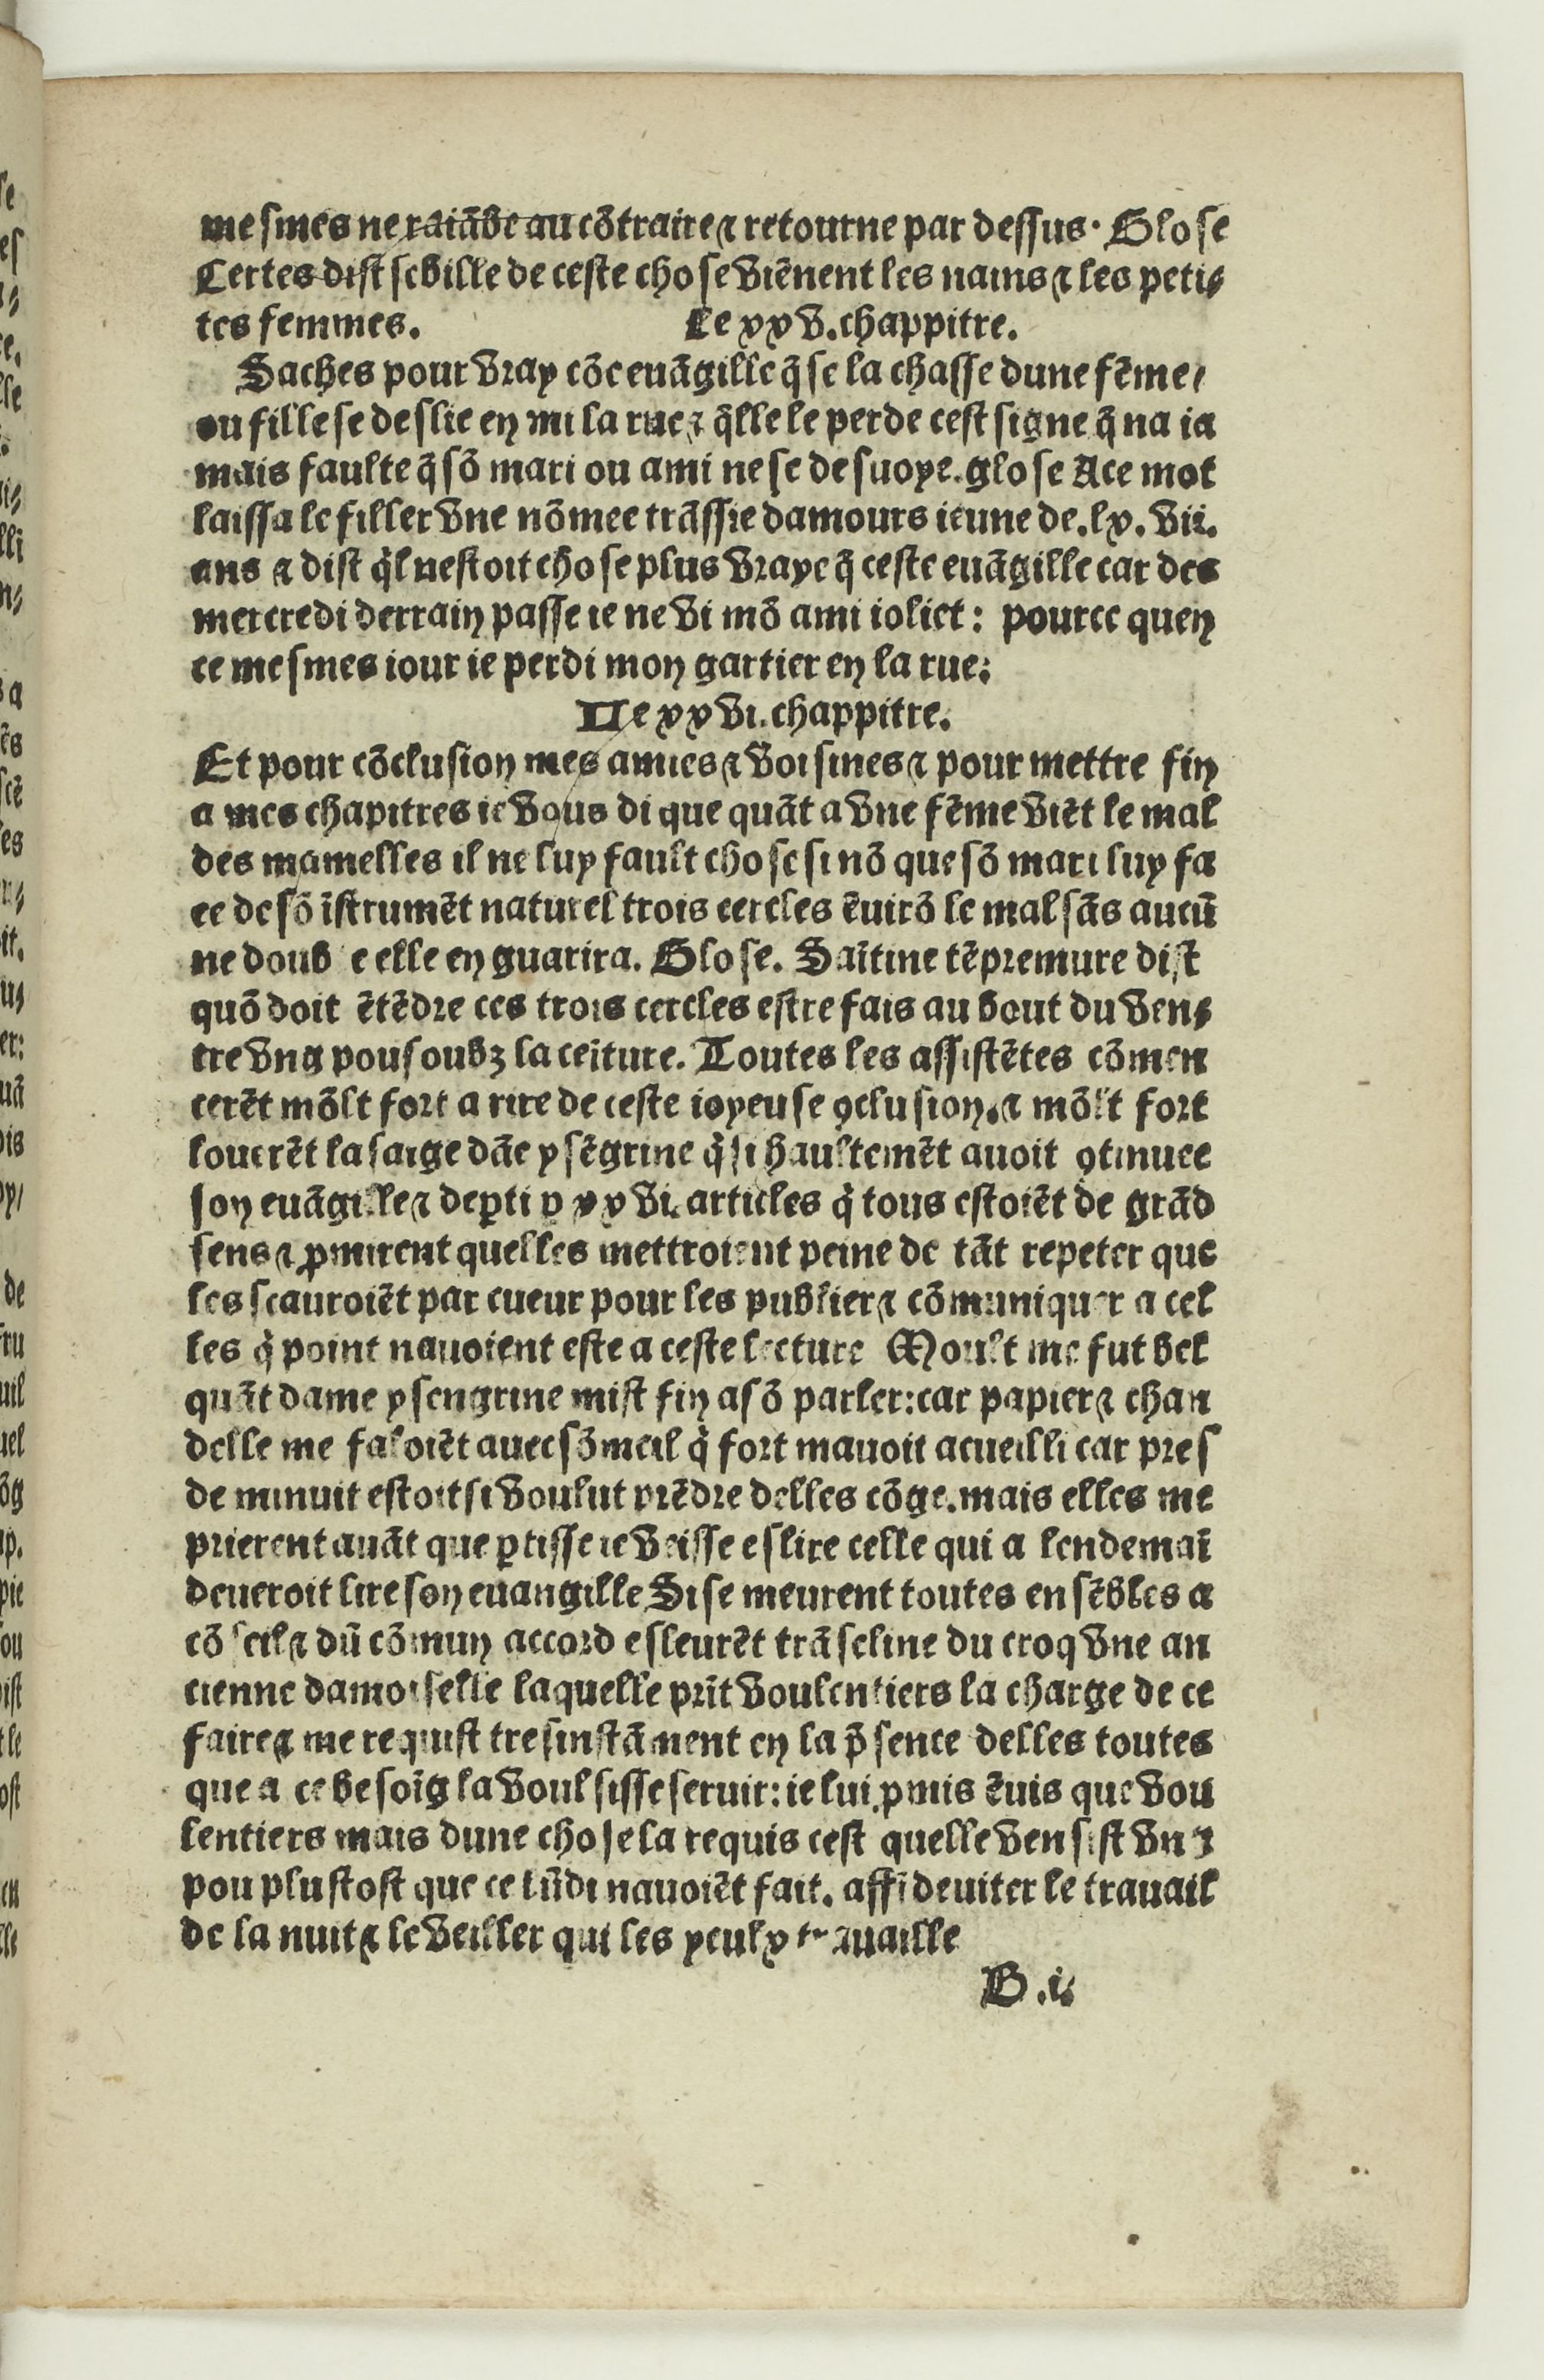
Shelfmark: Paris, BnF, Rés. Y2-733
Century: 16